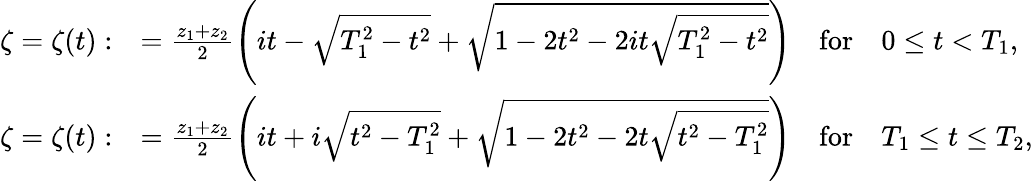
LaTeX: \begin{array}{rl}{\zeta=\zeta(t):}&{=\frac{z_{1}+z_{2}}{2}\left(it-\sqrt{T_{1}^{2}-t^{2}}+\sqrt{1-2t^{2}-2it\sqrt{T_{1}^{2}-t^{2}}}\right)\quad\mathrm{for}\quad 0\le t<T_{1},}\\ {\zeta=\zeta(t):}&{=\frac{z_{1}+z_{2}}{2}\left(it+i\sqrt{t^{2}-T_{1}^{2}}+\sqrt{1-2t^{2}-2t\sqrt{t^{2}-T_{1}^{2}}}\right)\quad\mathrm{for}\quad T_{1}\le t\le T_{2},}\end{array}